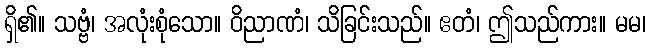
ရှိ၏။ သဗ္ဗံ၊ အလုံးစုံသော။ ဝိညာဏံ၊ သိခြင်းသည်။ ဧတံ၊ ဤသည်ကား။ မမ၊